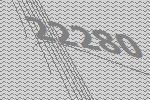
22280